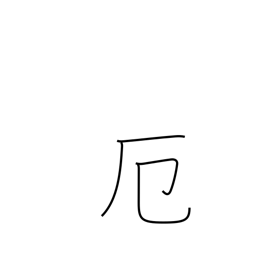
Meaning: misfortune